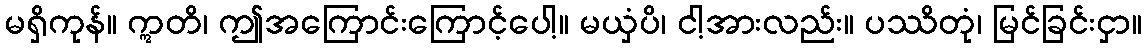
မရှိကုန်။ ဣတိ၊ ဤအကြောင်းကြောင့်ပေါ့။ မယှံပိ၊ ငါ့အားလည်း။ ပဿိတုံ၊ မြင်ခြင်းငှာ။